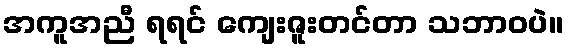
အကူအညီ ရရင် ကျေးဇူးတင်တာ သဘာဝပဲ။